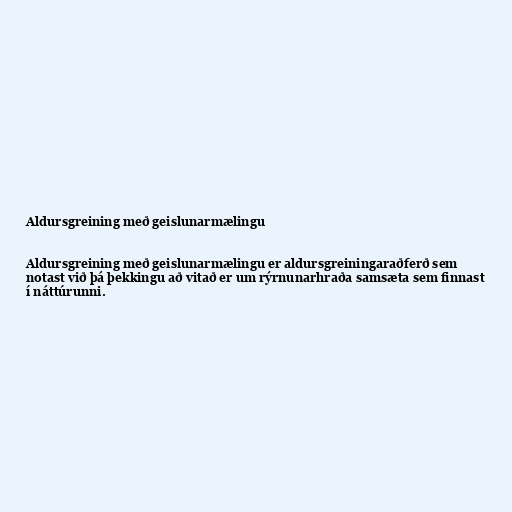
Aldursgreining með geislunarmælingu

Aldursgreining með geislunarmælingu er aldursgreiningaraðferð sem
notast við þá þekkingu að vitað er um rýrnunarhraða samsæta sem finnast
í náttúrunni.